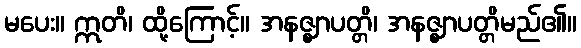
မပေး။ ဣတိ၊ ထို့ကြောင့်။ အနဇ္ဈာပတ္တိ၊ အနဇ္ဈာပတ္တိမည်၏။